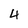
Character: 4